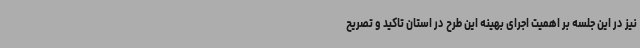
نیز در این جلسه بر اهمیت اجرای بهینه این طرح در استان تاکید و تصریح